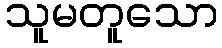
သူမတူသော